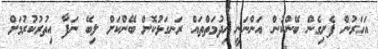
އަހަރުން ފެށިގެން ބޭންކުން އަންނަނީ ޚިދުމަތްތައް ރަނގަޅުކޮށް ބޭންކަށް ލިބޭ ނަފާ އިތުރުކުރުމަށް